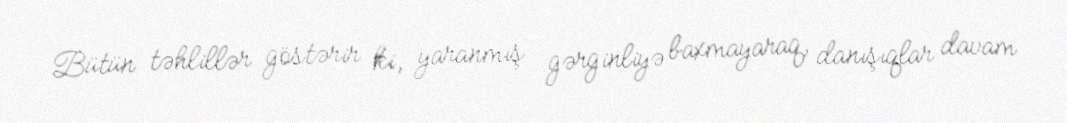
Bütün təhlillər göstərir ki, yaranmış gərginliyə baxmayaraq, danışıqlar davam